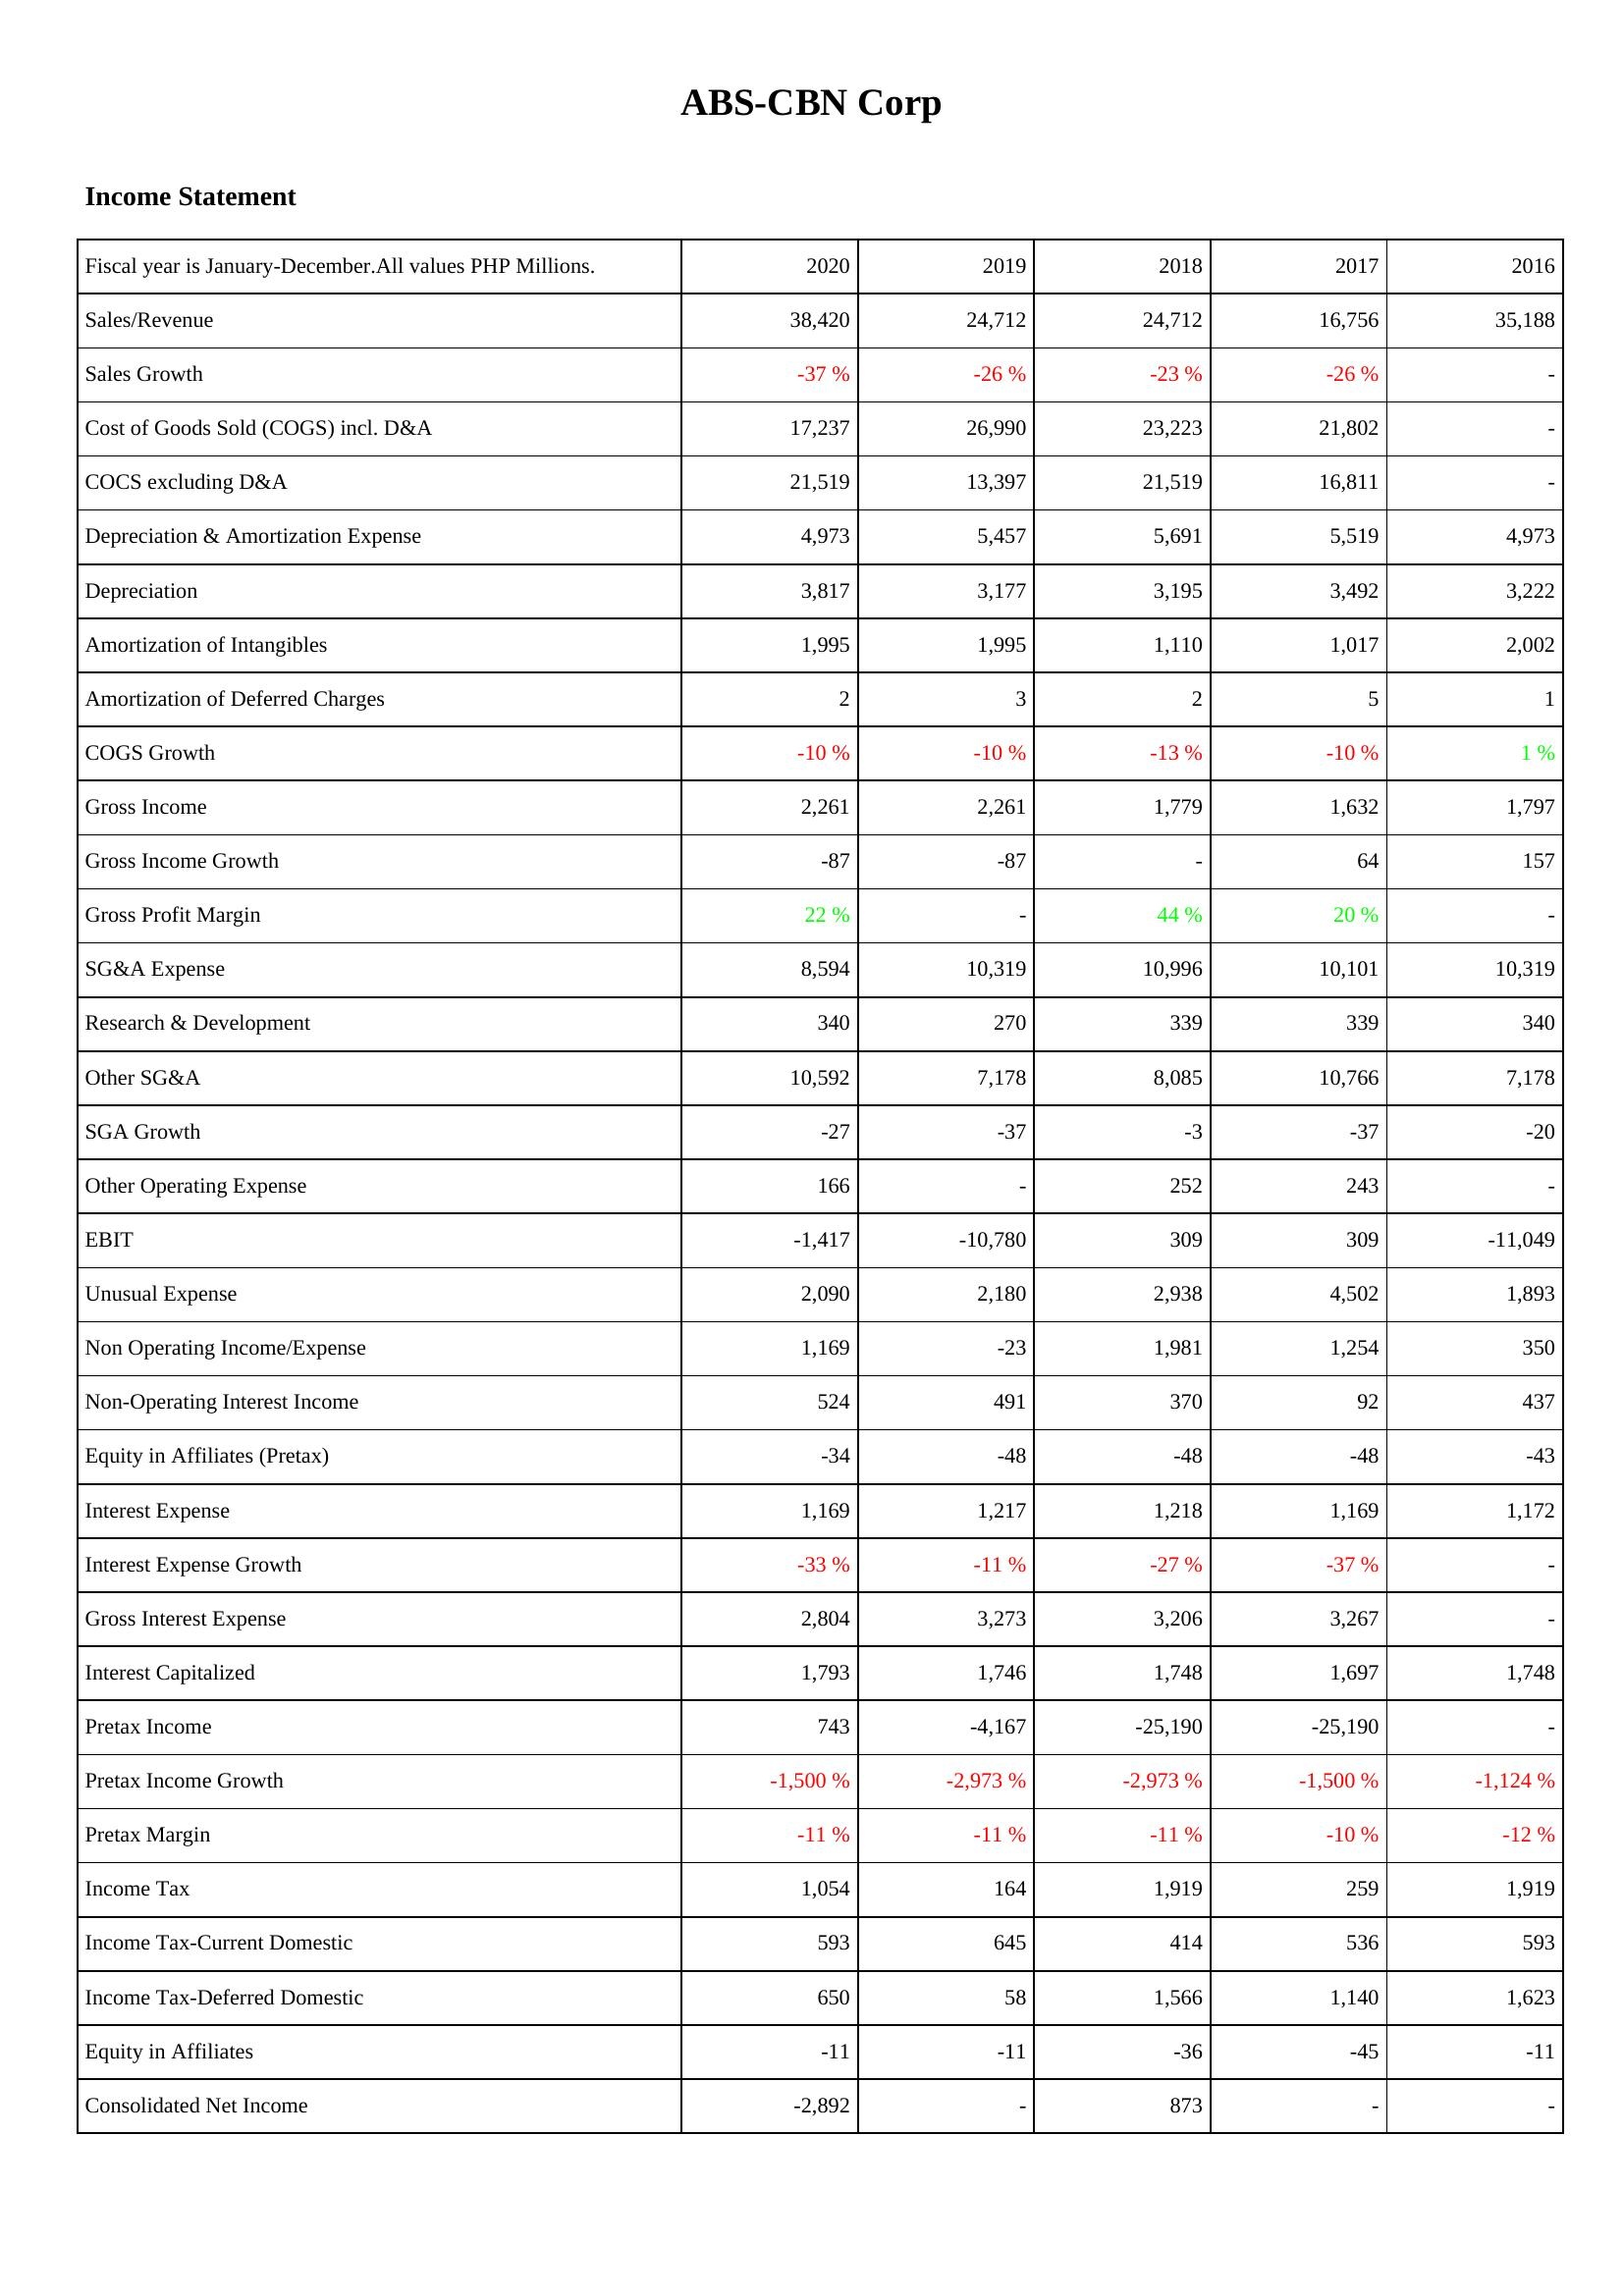
2020: Income Statement: Sales/Revenue: 38,420
Sales Growth: -37 %
Cost of Goods Sold (COGS) incl. D&A: 17,237
COCS excluding D&A: 21,519
Depreciation & Amortization Expense: 4,973
Depreciation: 3,817
Amortization of Intangibles: 1,995
Amortization of Deferred Charges: 2
COGS Growth: -10 %
Gross Income: 2,261
Gross Income Growth: -87
Gross Profit Margin: 22 %
SG&A Expense: 8,594
Research & Development: 340
Other SG&A: 10,592
SGA Growth: -27
Other Operating Expense: 166
EBIT: -1,417
Unusual Expense: 2,090
Non Operating Income/Expense: 1,169
Non-Operating Interest Income: 524
Equity in Affiliates (Pretax): -34
Interest Expense: 1,169
Interest Expense Growth: -33 %
Gross Interest Expense: 2,804
Interest Capitalized: 1,793
Pretax Income: 743
Pretax Income Growth: -1,500 %
Pretax Margin: -11 %
Income Tax: 1,054
Income Tax-Current Domestic: 593
Income Tax-Deferred Domestic: 650
Equity in Affiliates: -11
Consolidated Net Income: -2,892
2019: Income Statement: Sales/Revenue: 24,712
Sales Growth: -26 %
Cost of Goods Sold (COGS) incl. D&A: 26,990
COCS excluding D&A: 13,397
Depreciation & Amortization Expense: 5,457
Depreciation: 3,177
Amortization of Intangibles: 1,995
Amortization of Deferred Charges: 3
COGS Growth: -10 %
Gross Income: 2,261
Gross Income Growth: -87
Gross Profit Margin: -
SG&A Expense: 10,319
Research & Development: 270
Other SG&A: 7,178
SGA Growth: -37
Other Operating Expense: -
EBIT: -10,780
Unusual Expense: 2,180
Non Operating Income/Expense: -23
Non-Operating Interest Income: 491
Equity in Affiliates (Pretax): -48
Interest Expense: 1,217
Interest Expense Growth: -11 %
Gross Interest Expense: 3,273
Interest Capitalized: 1,746
Pretax Income: -4,167
Pretax Income Growth: -2,973 %
Pretax Margin: -11 %
Income Tax: 164
Income Tax-Current Domestic: 645
Income Tax-Deferred Domestic: 58
Equity in Affiliates: -11
Consolidated Net Income: -
2018: Income Statement: Sales/Revenue: 24,712
Sales Growth: -23 %
Cost of Goods Sold (COGS) incl. D&A: 23,223
COCS excluding D&A: 21,519
Depreciation & Amortization Expense: 5,691
Depreciation: 3,195
Amortization of Intangibles: 1,110
Amortization of Deferred Charges: 2
COGS Growth: -13 %
Gross Income: 1,779
Gross Income Growth: -
Gross Profit Margin: 44 %
SG&A Expense: 10,996
Research & Development: 339
Other SG&A: 8,085
SGA Growth: -3
Other Operating Expense: 252
EBIT: 309
Unusual Expense: 2,938
Non Operating Income/Expense: 1,981
Non-Operating Interest Income: 370
Equity in Affiliates (Pretax): -48
Interest Expense: 1,218
Interest Expense Growth: -27 %
Gross Interest Expense: 3,206
Interest Capitalized: 1,748
Pretax Income: -25,190
Pretax Income Growth: -2,973 %
Pretax Margin: -11 %
Income Tax: 1,919
Income Tax-Current Domestic: 414
Income Tax-Deferred Domestic: 1,566
Equity in Affiliates: -36
Consolidated Net Income: 873
2017: Income Statement: Sales/Revenue: 16,756
Sales Growth: -26 %
Cost of Goods Sold (COGS) incl. D&A: 21,802
COCS excluding D&A: 16,811
Depreciation & Amortization Expense: 5,519
Depreciation: 3,492
Amortization of Intangibles: 1,017
Amortization of Deferred Charges: 5
COGS Growth: -10 %
Gross Income: 1,632
Gross Income Growth: 64
Gross Profit Margin: 20 %
SG&A Expense: 10,101
Research & Development: 339
Other SG&A: 10,766
SGA Growth: -37
Other Operating Expense: 243
EBIT: 309
Unusual Expense: 4,502
Non Operating Income/Expense: 1,254
Non-Operating Interest Income: 92
Equity in Affiliates (Pretax): -48
Interest Expense: 1,169
Interest Expense Growth: -37 %
Gross Interest Expense: 3,267
Interest Capitalized: 1,697
Pretax Income: -25,190
Pretax Income Growth: -1,500 %
Pretax Margin: -10 %
Income Tax: 259
Income Tax-Current Domestic: 536
Income Tax-Deferred Domestic: 1,140
Equity in Affiliates: -45
Consolidated Net Income: -
2016: Income Statement: Sales/Revenue: 35,188
Sales Growth: -
Cost of Goods Sold (COGS) incl. D&A: -
COCS excluding D&A: -
Depreciation & Amortization Expense: 4,973
Depreciation: 3,222
Amortization of Intangibles: 2,002
Amortization of Deferred Charges: 1
COGS Growth: 1 %
Gross Income: 1,797
Gross Income Growth: 157
Gross Profit Margin: -
SG&A Expense: 10,319
Research & Development: 340
Other SG&A: 7,178
SGA Growth: -20
Other Operating Expense: -
EBIT: -11,049
Unusual Expense: 1,893
Non Operating Income/Expense: 350
Non-Operating Interest Income: 437
Equity in Affiliates (Pretax): -43
Interest Expense: 1,172
Interest Expense Growth: -
Gross Interest Expense: -
Interest Capitalized: 1,748
Pretax Income: -
Pretax Income Growth: -1,124 %
Pretax Margin: -12 %
Income Tax: 1,919
Income Tax-Current Domestic: 593
Income Tax-Deferred Domestic: 1,623
Equity in Affiliates: -11
Consolidated Net Income: -